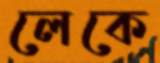
লেকে